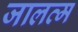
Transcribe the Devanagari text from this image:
जालव्म